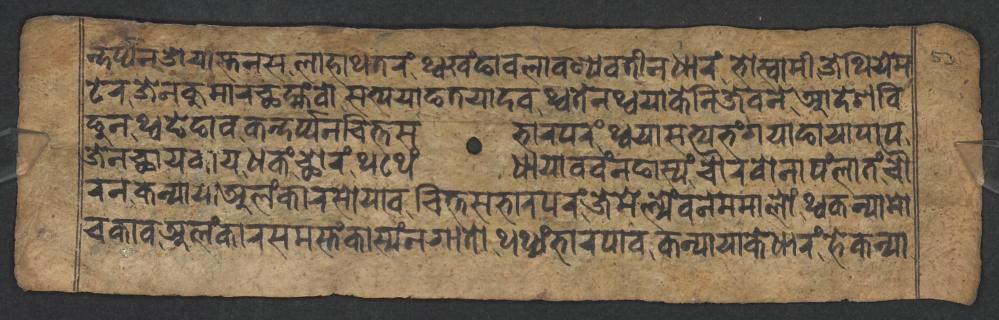
𑐣𑑂𑐡𑐬𑑂𑐥𑑂𑐥𑐣𑐌𑐫𑐵𑐳𑑂𑐟𑐣𑐳𑐮𑐵𑐴𑐵𑐠𑐟𑐬𑑄𑐠𑑂𑐰𑐏𑑄𑐒𑐵𑐰𑐮𑐵𑐰𑐞𑑂𑐫𑐰𑐟𑐷𑐣𑐢𑐵𑐬𑑄𑐨𑑀𑐳𑑂𑐰𑐵𑐩𑐷𑐌𑐠𑐶𑐫𑐾𑐩 𑐚𑐾𑐬𑐖𑐾𑐣𑐎𑐸𑐩𑐵𑐬𑐕𑐩𑑂𑐴𑑄𑐰𑑀𑐳𑐟𑑂𑐫𑐫𑐵𑐒𑐟𑐫𑐵𑐡𑐰𑐠𑑂𑐰𑐟𑐾𑐣𑐠𑑂𑐰𑐫𑐵𑐎𑐾𑐣𑐶𑐖𑐾𑐰𑐣𑐾𑐁𑐡𑐾𑐱𑐧𑐶 𑐒𑐸𑐣𑐠𑑂𑐰𑐒𑐾𑐒𑐵𑐰𑐎𑐣𑑂𑐡𑐬𑑂𑐥𑑂𑐥𑐣𑐔𑐶𑐟𑑂𑐟𑐳𑐨𑐵𑐬𑐥𑐬𑑄𑐠𑑂𑐰𑐫𑐵𑐳𑐟𑑂𑐫𑐨𑑄𑐐𑐫𑐵𑐒𑐵𑐫𑐵𑐥𑐵𑐥 𑐖𑐾𑐣𑐕𑐵𑐫𑐎𑐵𑐫𑐢𑐎𑑄𑐕𑑀𑐬𑑄𑐠𑐠𑐾𑑄𑐢𑐵𑐫𑐵𑐰𑐰𑑄𑐣𑐒𑐵𑐳𑑂𑐫𑑄𑐔𑑁𑐬𑐰𑑀𑐣𑐵𑐥𑑄𑐮𑐵𑐟𑑄𑐔𑑁 𑐬𑐣𑐎𑐣𑑂𑐫𑐵𑐫𑐵𑐀𑐮𑑄𑐎𑐵𑐬𑐳𑑀𑐫𑐵𑐰𑐔𑐶𑐟𑑂𑐟𑐳𑐨𑐵𑐬𑐥𑐬𑑄𑐖𑐾𑐩𑐾𑐮𑑂𑐫𑐾𑑄𑐰𑐣𑐾𑐩𑐩𑐵𑐮𑑀𑑄𑐠𑑂𑐰𑐎𑐣𑑂𑐫𑐵𑐩𑑀 𑐔𑐎𑐵𑐰𑐀𑐮𑑄𑐎𑐵𑐬𑐳𑐩𑐳𑑂𑐟𑑄𑐎𑐵𑐳𑑂𑐫𑑄𑐣𑐐𑐵𑐟𑑀𑐠𑐠𑑂𑐫𑑄𑐨𑐵𑐬𑐥𑐵𑐰𑐎𑐣𑑂𑐫𑐵𑐫𑐵𑐎𑐾𑐢𑐵𑐬𑑄𑐴𑐾𑐎𑐣𑑂𑐫𑐵